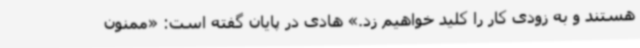
هستند و به زودی کار را کلید خواهیم زد.» هادی در پایان گفته است: «ممنون